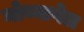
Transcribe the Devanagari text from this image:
नोथ्नागेल